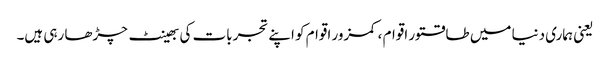
یعنی ہماری دنیا میں طاقتور اقوام ، کمزور اقوام کو اپنے تجربات کی بھینٹ چڑھا رہی ہیں۔